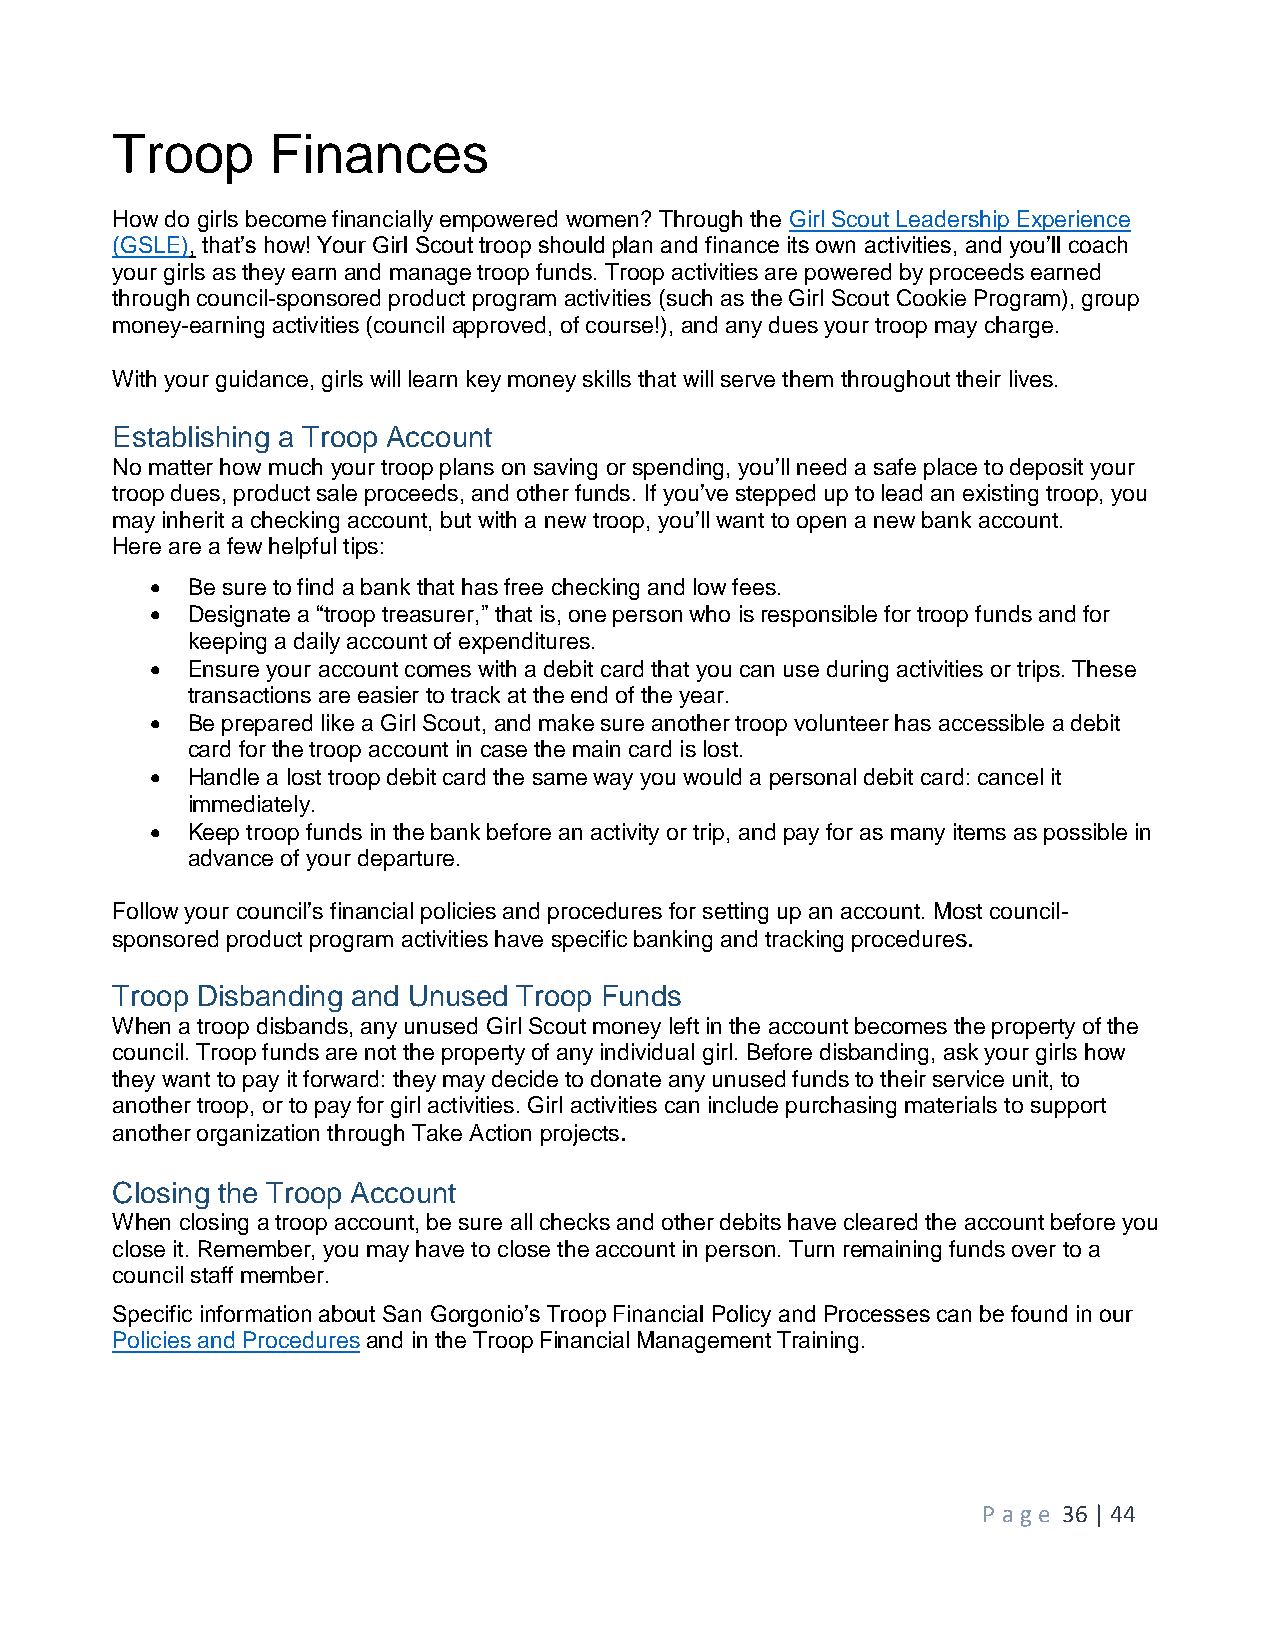
Troop      Finances
 How do girls become financially empowered women? Through the Girl Scout Leadership Experience
 (GSLE), that’s how! Your Girl Scout troop should plan and finance its own activities, and you’ll coach
 your girls as they earn and manage troop funds. Troop activities are powered by proceeds earned
 through council-sponsored product program activities (such as the Girl Scout Cookie Program), group
 money-earning activities (council approved, of course!), and any dues your troop may charge.
 With your guidance, girls will learn key money skills that will serve them throughout their lives.
 Establishing a Troop Account
 No matter how much your troop plans on saving or spending, you’ll need a safe place to deposit your
 troop dues, product sale proceeds, and other funds. If you’ve stepped up to lead an existing troop, you
 may inherit a checking account, but with a new troop, you’ll want to open a new bank account.
 Here are a few helpful tips:
  Be sure to find a bank that has free checking and low fees.
  Designate a “troop treasurer,” that is, one person who is responsible for troop funds and for
 keeping a daily account of expenditures.
  Ensure your account comes with a debit card that you can use during activities or trips. These
 transactions are easier to track at the end of the year.
  Be prepared like a Girl Scout, and make sure another troop volunteer has accessible a debit
 card for the troop account in case the main card is lost.
  Handle a lost troop debit card the same way you would a personal debit card: cancel it
 immediately.
  Keep troop funds in the bank before an activity or trip, and pay for as many items as possible in
 advance of your departure.
 Follow your council’s financial policies and procedures for setting up an account. Most council-
 sponsored product program activities have specific banking and tracking procedures.
 Troop Disbanding and Unused Troop Funds
 When a troop disbands, any unused Girl Scout money left in the account becomes the property of the
 council. Troop funds are not the property of any individual girl. Before disbanding, ask your girls how
 they want to pay it forward: they may decide to donate any unused funds to their service unit, to
 another troop, or to pay for girl activities. Girl activities can include purchasing materials to support
 another organization through Take Action projects.
 Closing the Troop Account
 When closing a troop account, be sure all checks and other debits have cleared the account before you
 close it. Remember, you may have to close the account in person. Turn remaining funds over to a
 council staff member.
 Specific information about San Gorgonio’s Troop Financial Policy and Processes can be found in our
 Policies and Procedures and in the Troop Financial Management Training.
 P age 36 | 44